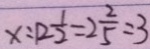
x : 1 2 \frac { 1 } { 2 } = 2 \frac { 2 } { 5 } : 3